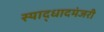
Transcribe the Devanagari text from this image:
स्याद्धादमंजरी